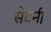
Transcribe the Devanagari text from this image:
सैटर्न।